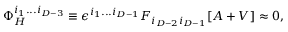
\Phi _ { H } ^ { i _ { 1 } . . . i _ { D - 3 } } \equiv \epsilon ^ { i _ { 1 } . . . i _ { D - 1 } } F _ { i _ { D - 2 } i _ { D - 1 } } [ A + V ] \approx 0 ,